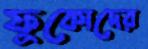
ফুকোদের